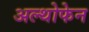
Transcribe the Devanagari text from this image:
अल्थोफेन